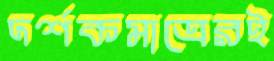
দর্শকমাত্রেরই